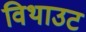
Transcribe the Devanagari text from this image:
विथाउट